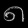
Digit: ၈